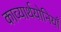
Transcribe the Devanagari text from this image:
काव्यार्थयोनियाँ